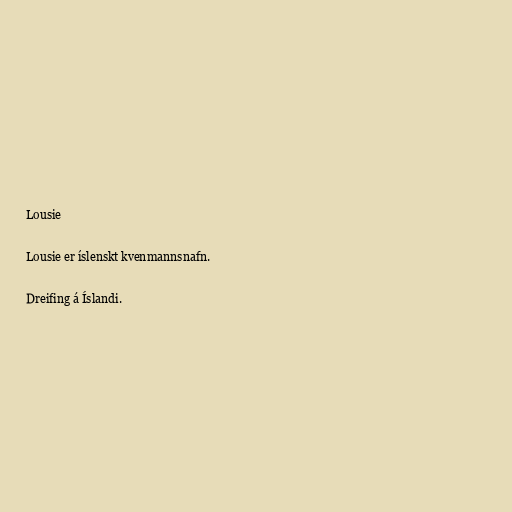
Lousie

Lousie er íslenskt kvenmannsnafn.

Dreifing á Íslandi.